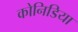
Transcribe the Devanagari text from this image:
कोनिडिया